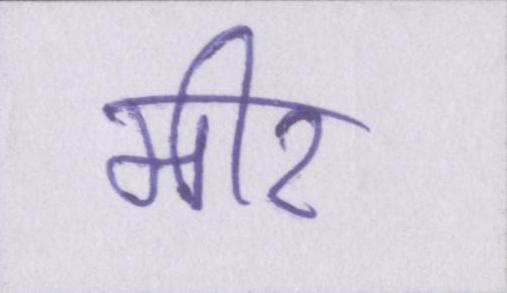
मीर